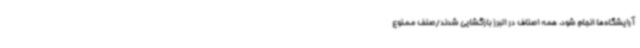
آرایشگاه‌ها انجام شود. همه اصناف در البرز بازگشایی شدند/صنف ممنوع